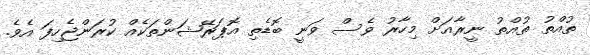
ތުއްތު ތުއްތު ނީރާއަށް މިހާރު ވެސް ވަނީ ބޮޑެތި އޮޕަރޭޝަންތަކެއް ކުރަންޖެހިފަ އެވެ.